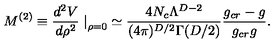
M ^ { ( 2 ) } \equiv \frac { d ^ { 2 } V } { d \rho ^ { 2 } } \left. \right| _ { \rho = 0 } \simeq \frac { 4 N _ { c } \Lambda ^ { D - 2 } } { ( 4 \pi ) ^ { D / 2 } \Gamma ( D / 2 ) } \frac { g _ { c r } - g } { g _ { c r } g } .